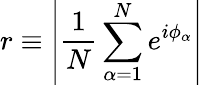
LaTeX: r\equiv\left\vert\frac{1}{N}\sum_{\alpha=1}^{N}e^{i\phi_{\alpha}}\right\vert